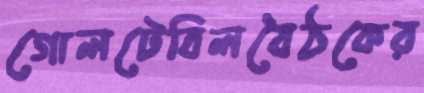
গোলটেবিলবৈঠকের